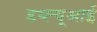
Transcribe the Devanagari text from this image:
डब्ल्यूआई